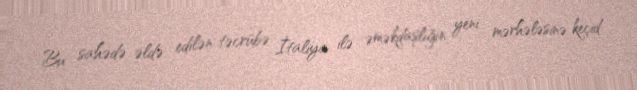
Bu sahədə əldə edilən təcrübə İtaliya ilə əməkdaşlığın yeni mərhələsinə keçid